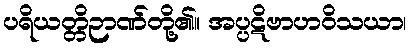
ပရိယတ္တိဉာဏ်တို့၏။ အပ္ပဋိဗာဟဝိသယာ၊